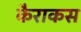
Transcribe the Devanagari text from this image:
कैराकस